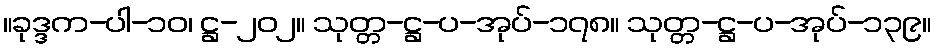
။ခုဒ္ဒက-ပါ-၁၀၊ ဋ္ဌ-၂၀၂။ သုတ္တ-ဋ္ဌ-ပ-အုပ်-၁၇၈။ သုတ္တ-ဋ္ဌ-ပ-အုပ်-၁၃၉။